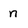
Character: n